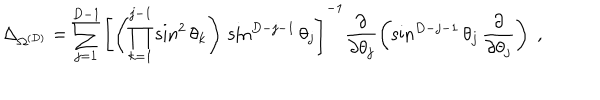
LaTeX: \Delta _ { \Omega ^ { ( { D } ) } } = \sum _ { j = 1 } ^ { { D } - 1 } \left[ \left( \prod _ { k = 1 } ^ { j - 1 } \sin ^ { 2 } \theta _ { k } \right) \, \sin ^ { { D } - j - 1 } \theta _ { j } \right] ^ { - 1 } \frac { \partial } { \partial \theta _ { j } } \left( \sin ^ { { D } - j - 1 } \theta _ { j } \, \frac { \partial } { \partial \theta _ { j } } \right) \; ,